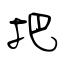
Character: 把